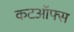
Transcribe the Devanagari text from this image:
कटऑफ्स